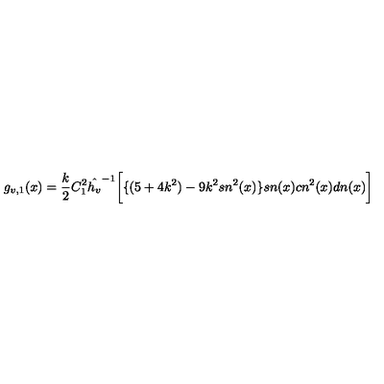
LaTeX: g _ { v , 1 } ( x ) = \frac { k } { 2 } C _ { 1 } ^ { 2 } { \hat { h _ { v } } } ^ { - 1 } \bigg [ \{ ( 5 + 4 k ^ { 2 } ) - 9 k ^ { 2 } s n ^ { 2 } ( x ) \} s n ( x ) c n ^ { 2 } ( x ) d n ( x ) \bigg ]